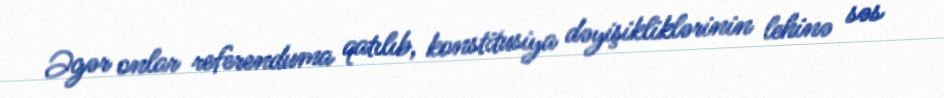
Əgər onlar referenduma qatılıb, konstitusiya dəyişikliklərinin lehinə səs